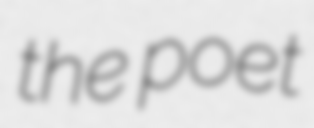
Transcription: the poet